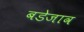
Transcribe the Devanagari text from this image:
बडेजाव